Vital statistics of India. Vol. IV, Annual returns from 1871 to 1876. British Army of India, Native Army and jails of Bengal
Year: 1871
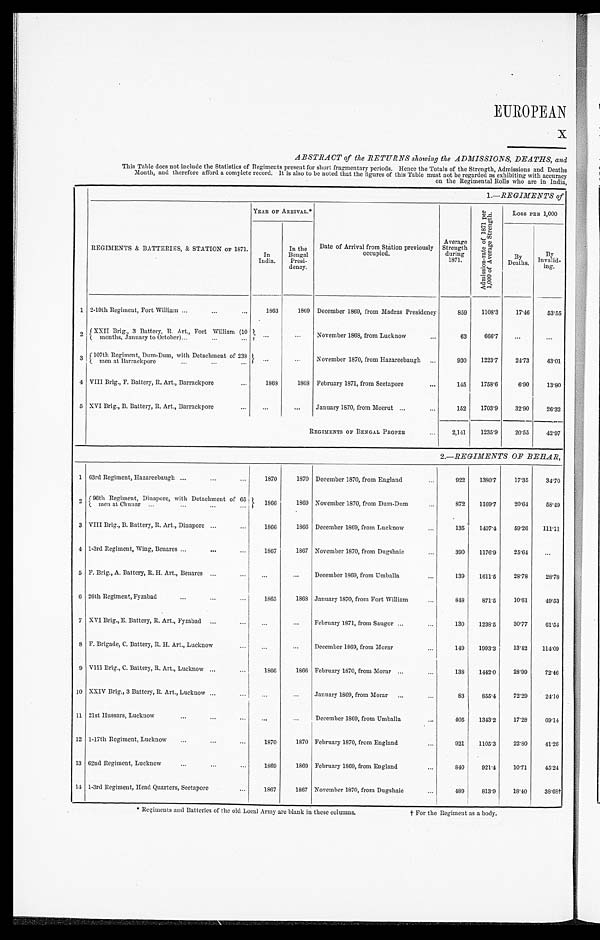
EUROPEAN
x
ABSTRACT of the RETURNS slowing the ADMISSIONS, DEATHS, and
This Table does not include the Statistics of Regiments present for short fragmentary periods. Hence the Totals of the Strength, Admissions and Deaths
Month, and therefore afford a complete record. It is also to be noted that the figures of this Table must not be regarded as exhibiting with accuracy
on the Regimental Rolls who are in India,
1.—R E G I M E N T S o f
Y E A R O F A R R I V A L . *
Average
Strength
during
1 8 7 1 .
A d m i s s i o n - r a t e o f 1 8 7 1 p e r
1 , 0 0 0 o f A v e r a g e S t r e n g t h .
Loss PER 1,000
REGIMENTS & BATTERIES, & STATION OF 1871. In
India.
In the
Bengal
Presi-
dency.
Date of Arrival from Station previously
o c c u p i e d .
By
Deaths.
By
Invalid-i n g
1 2-19th Regiment, Fort William
. . . . . .
...
1863
1869 December 1869, from Madras Presidency
859 1108.3
17.46
53.55
2 XXII Brig., 3 Battery, R. Art., Fort William (10
months, January to October) ... ...
...
...
. . . November 1868, from Lucknow ...
63
666.7
. . .
. . .
3 (107th Regiment, Dum-Dum, with Detachment of 238
men at Barrackpore
. . .
. . .
...
... ... November 1870, from Hazareebaugh ...
930 1223.7 24.73
43.01
4 VIII Brig., F. Battery, R. Art., Barrackpore
1868
1868 February 1871, from Seetapore
...
145 1758.6
6.90
13.80
5 XVI Brig., B. Battery, R. Art., Barrackpore ...
. . .
. . . January 1870, from Meerut
... ...
152 1703.9 32.90
26.32
REGIMENTS OF BENGAL PROPER . . .
2,141 1235.9
20.55
42.97
2.—R E G I M E N T S O F B E H A R ,
1 63rd Regiment, Hazareebaugh ...
. . .
. . .
1870
1870 December 1870, from England
...
922 1380.7
17.35
34.70
2 96th Regiment, Dinapore, with Detachment of 65
men at Chunar
. . . . . .
...
1866
1869 November 1870, from Dum-Dum
...
872 1169.7
20.64
58.49
3 VIII Brig., B. Battery, R, Art., Dinapore ... ...
1866
1866 December 1869, from Lucknow
...
135 1407.4
59.26 111.11
4 1-3rd Regiment, Wing, Benares ... ... ...
1867
1867 November 1870, from Dugshaie
...
390 1176.9
25.64
. . .
5 F. Brig., A. Battery, R. H. Art., Benares ... ... . . .
. . .
December 1869, from Umballa
...
139 1611.5
28.78
28.78
6 26th Regiment, Fyzabad
... ... ...
1 8 6 5
1868 January 1870, from Fort William
...
848
871.5
10.61
49.53
7 XVI Brig., E. Battery, R. Art., Fyzabad ... ...
. . .
. . .
February 1871, from Saugor ... ...
130 1238.5 30.77
61.54
8 F. Brigade, C. Battery, R. H. Art., Lucknow ...
. . .
. . .
December 1869, from Morar
...
149 1993.3
13.42 114.09
9 VIII Brig., C. Battery, R. Art., Lucknow ... ...
1866
1866 February 1870, from Morar
... ...
138 1442.0 28.99
72.46
10 XXIV Brig., 3 Battery, R. Art., Lucknow ... ...
. . .
... January 1869, from Morar
... ...
83
855.4 72.29
24.10
11 21st Hussars, Lucknow
...
. . .
. . .
. . .
... December 1869, from Umballa
...
405 1343.2
17.28
69.14
12 1-17th Regiment, Lucknow
... ... ...
1870
1870 February 1870, from England
...
921 1105.3
22.80
41.26
13 62nd Regiment, Lucknow
... ... ...
1869
1869 February 1869, from England
...
840
921.4 10.71
45.24
14 1-3rd Regiment, Head Quarters, Seetapore
...
1867 1867 November 1870, from Dugshaie
...
489
813.9 18.40
38.68†
•
*Regiments and Batteries of the old Local Army are blank in these columns. † For the Regiment as a body.